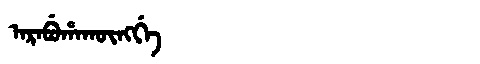
Manchu: ᠠᡵᠠᠪᡠᡥᠠᡴᡡᠩᡤᡝ
Romanization: ARABUHAKŪNGGE